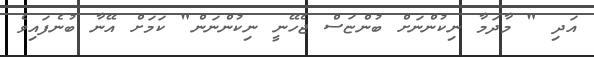
އަދި " މާދަމާ ނިކުންނަށް ބުންޏަސް ޖެހޭނީ ނިކުންނަން" ކަމަށް އޭނާ ބުނެފައިވެ